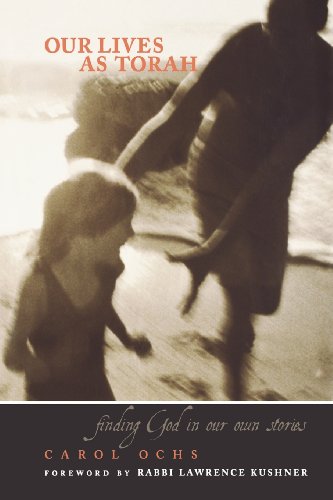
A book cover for Our Lives As Torah: Finding God in Our Stories; Carol Ochs; Religion & Spirituality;